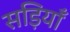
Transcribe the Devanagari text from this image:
सड़ियाँ